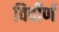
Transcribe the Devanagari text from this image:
विर्दीर्ण